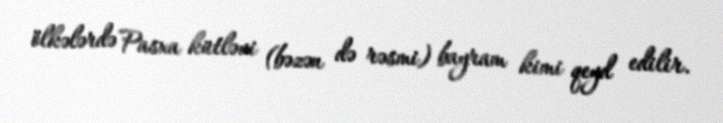
ölkələrdə Pasxa kütləvi (bəzən də rəsmi) bayram kimi qeyd edilir.